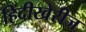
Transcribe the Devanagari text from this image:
हिंदीखेरीज